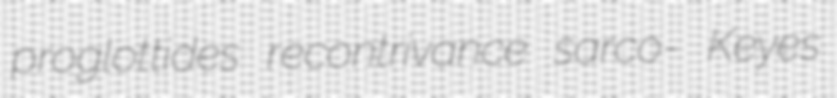
proglottides recontrivance sarco- Keyes